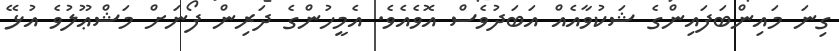
ގިނަ މައިންބަފައިންގެ ޝަކުވާއެއް އަބަދުވެސް އޮވެއެވެ. އެމީހުންގެ ދަރިން ފޯނަށް މަޝްޢޫލުވެ އުޅޭ